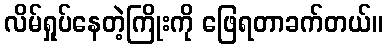
လိမ်ရှုပ်နေတဲ့ကြိုးကို ဖြေရတာခက်တယ်။